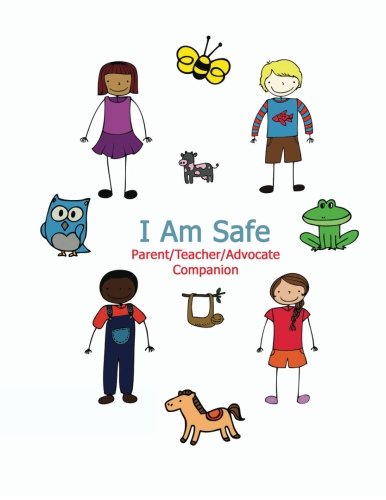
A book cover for I Am Safe - Parent/Teacher/Advocate Companion: Training Children to Recognize & Avoid Sexual Abuse in a Positive Setting (Volume 1); Kimberly Rae; Teen & Young Adult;